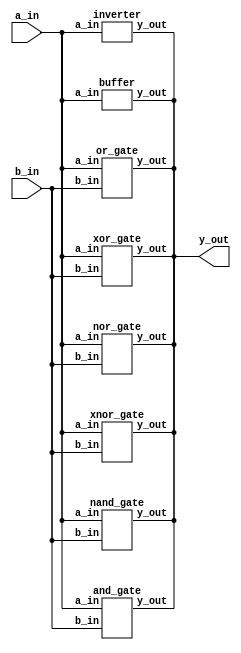
////////////////////////////////////////////////
// AND
////////////////////////////////////////////////

module gates(
    input a_in,
    input b_in,
    output y_out
);

    and_gate AND(
        .a_in(a_in),
        .b_in(b_in),
        .y_out(y_out)
        );
    nand_gate NAND(
        .a_in(a_in),
        .b_in(b_in),
        .y_out(y_out)
        );
    or_gate OR(
        .a_in(a_in),
        .b_in(b_in),
        .y_out(y_out)
        );
    nor_gate NOR(
        .a_in(a_in),
        .b_in(b_in),
        .y_out(y_out)
        );
    xor_gate XOR(
        .a_in(a_in),
        .b_in(b_in),
        .y_out(y_out)
        );
    xnor_gate XNOR(
        .a_in(a_in),
        .b_in(b_in),
        .y_out(y_out)
        );
    inverter INVERTER(
        .a_in(a_in),
        .y_out(y_out)
        );
    buffer BUFFER( 
        .a_in(a_in),
        .y_out(y_out)
        );
endmodule

module and_gate(
    input a_in,
    input b_in,
    output y_out
);
    assign y_out = a_in & b_in;
endmodule // AND

////////////////////////////////////////////////
// NAND
////////////////////////////////////////////////

module nand_gate(
    input a_in,
    input b_in,
    output y_out
);
    assign y_out = ~(a_in & b_in);
endmodule // NAND

////////////////////////////////////////////////
// OR
////////////////////////////////////////////////

module or_gate(
    input a_in,
    input b_in,
    output y_out
);
    assign y_out = a_in | b_in;
endmodule // OR

////////////////////////////////////////////////
// NOR
////////////////////////////////////////////////

module nor_gate(
    input a_in,
    input b_in,
    output y_out
);
    assign y_out = ~(a_in | b_in);
endmodule // NOR

////////////////////////////////////////////////
// XOR
////////////////////////////////////////////////

module xor_gate(
    input a_in,
    input b_in,
    output y_out
);
    assign y_out = (a_in & ~b_in) | (~a_in & b_in);
endmodule // XOR

////////////////////////////////////////////////
// XNOR
////////////////////////////////////////////////

module xnor_gate(
    input a_in,
    input b_in,
    output y_out
);
    assign y_out = ~((a_in & ~b_in) | (~a_in & b_in));
endmodule // XNOR

////////////////////////////////////////////////
// INVERTER
////////////////////////////////////////////////

module inverter(
    input a_in,
    output y_out
);
    assign y_out = ~a_in;
endmodule // INVERTER

////////////////////////////////////////////////
// BUFFER
////////////////////////////////////////////////

module buffer(
    input a_in,
    output y_out
);
    assign y_out = ~a_in;
endmodule // BUFFER